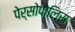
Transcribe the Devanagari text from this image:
पेर्सोपोलिस